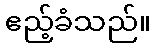
ဧည့်ခံသည်။